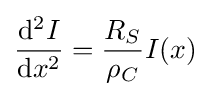
{\frac {\mathrm {d} ^{2}I}{\mathrm {d} x^{2}}}={\frac {R_{S}}{\rho _{C}}}I(x)